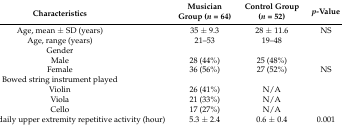
<table><thead><tr><td><b>Characteristics</b></td><td><b>Musician Group (<i>n =</i> 64)</b></td><td><b>Control Group (<i>n =</i> 52)</b></td><td><b><i>p</i>-Value</b></td></tr></thead><tbody><tr><td>Age, mean ± SD (years)</td><td>35 ± 9.3 </td><td>28 ± 11.6</td><td>NS</td></tr><tr><td>Age, range (years)</td><td>21–53</td><td>19–48</td><td></td></tr><tr><td>Gender</td><td></td><td></td><td></td></tr><tr><td>Male</td><td>28 (44%)</td><td>25 (48%)</td><td></td></tr><tr><td>Female</td><td>36 (56%)</td><td>27 (52%)</td><td>NS</td></tr><tr><td>Bowed string instrument played</td><td></td><td></td><td></td></tr><tr><td>Violin</td><td>26 (41%)</td><td>N/A</td><td></td></tr><tr><td>Viola</td><td>21 (33%)</td><td>N/A</td><td></td></tr><tr><td>Cello</td><td>17 (27%)</td><td>N/A</td><td></td></tr><tr><td>Duration of daily upper extremity repetitive activity (hour)</td><td>5.3 ± 2.4</td><td>0.6 ± 0.4</td><td>0.001</td></tr></tbody></table>